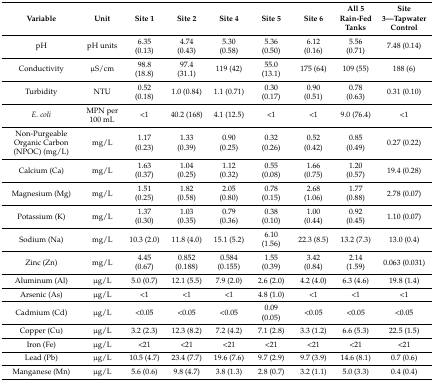
<table><thead><tr><td><b>Variable</b></td><td><b>Unit</b></td><td><b>Site 1</b></td><td><b>Site 2</b></td><td><b>Site 4</b></td><td><b>Site 5</b></td><td><b>Site 6</b></td><td><b>All 5 Rain-Fed Tanks</b></td><td><b>Site 3—Tapwater Control</b></td></tr></thead><tbody><tr><td>pH</td><td>pH units</td><td>6.35 (0.13)</td><td>4.74 (0.43)</td><td>5.30 (0.58)</td><td>5.36 (0.50)</td><td>6.12 (0.16)</td><td>5.56 (0.71)</td><td>7.48 (0.14)</td></tr><tr><td>Conductivity</td><td>μS/cm</td><td>98.8 (18.8)</td><td>97.4 (31.1)</td><td>119 (42)</td><td>55.0 (13.1)</td><td>175 (64)</td><td>109 (55)</td><td>188 (6)</td></tr><tr><td>Turbidity</td><td>NTU</td><td>0.52 (0.18)</td><td>1.0 (0.84)</td><td>1.1 (0.71)</td><td>0.30 (0.17)</td><td>0.90 (0.51)</td><td>0.78 (0.63)</td><td>0.31 (0.10)</td></tr><tr><td><i>E. coli</i></td><td>MPN per 100 mL</td><td>&lt;1</td><td>40.2 (168)</td><td>4.1 (12.5)</td><td>&lt;1</td><td>&lt;1</td><td>9.0 (76.4)</td><td>&lt;1</td></tr><tr><td>Non-Purgeable Organic Carbon (NPOC) (mg/L)</td><td>mg/L</td><td>1.17 (0.23)</td><td>1.33 (0.39)</td><td>0.90 (0.25)</td><td>0.32 (0.26)</td><td>0.52 (0.42)</td><td>0.85 (0.49)</td><td>0.27 (0.22)</td></tr><tr><td>Calcium (Ca)</td><td>mg/L</td><td>1.63 (0.37)</td><td>1.04 (0.25)</td><td>1.12 (0.32)</td><td>0.55 (0.08)</td><td>1.66 (0.75)</td><td>1.20 (0.57)</td><td>19.4 (0.28)</td></tr><tr><td>Magnesium (Mg)</td><td>mg/L</td><td>1.51 (0.25)</td><td>1.82 (0.58)</td><td>2.05 (0.80)</td><td>0.78 (0.15)</td><td>2.68 (1.06)</td><td>1.77 (0.88)</td><td>2.78 (0.07)</td></tr><tr><td>Potassium (K)</td><td>mg/L</td><td>1.37 (0.30)</td><td>1.03 (0.35)</td><td>0.79 (0.36)</td><td>0.38 (0.10)</td><td>1.00 (0.44)</td><td>0.92 (0.45)</td><td>1.10 (0.07)</td></tr><tr><td>Sodium (Na)</td><td>mg/L</td><td>10.3 (2.0)</td><td>11.8 (4.0)</td><td>15.1 (5.2)</td><td>6.10 (1.56)</td><td>22.3 (8.5)</td><td>13.2 (7.3)</td><td>13.0 (0.4)</td></tr><tr><td>Zinc (Zn)</td><td>mg/L</td><td>4.45 (0.67)</td><td>0.852 (0.188)</td><td>0.584 (0.155)</td><td>1.55 (0.39)</td><td>3.42 (0.84)</td><td>2.14 (1.59)</td><td>0.063 (0.031)</td></tr><tr><td>Aluminum (Al)</td><td>μg/L</td><td>5.0 (0.7)</td><td>12.1 (5.5)</td><td>7.9 (2.0)</td><td>2.6 (2.0)</td><td>4.2 (4.0)</td><td>6.3 (4.6)</td><td>19.8 (1.4)</td></tr><tr><td>Arsenic (As)</td><td>μg/L</td><td>&lt;1</td><td>&lt;1</td><td>&lt;1</td><td>4.8 (1.0)</td><td>&lt;1</td><td>&lt;1</td><td>&lt;1</td></tr><tr><td>Cadmium (Cd)</td><td>μg/L</td><td>&lt;0.05</td><td>&lt;0.05</td><td>&lt;0.05</td><td>0.09 (0.05)</td><td>&lt;0.05</td><td>&lt;0.05</td><td>&lt;0.05</td></tr><tr><td>Copper (Cu)</td><td>μg/L</td><td>3.2 (2.3)</td><td>12.3 (8.2)</td><td>7.2 (4.2)</td><td>7.1 (2.8)</td><td>3.3 (1.2)</td><td>6.6 (5.3)</td><td>22.5 (1.5)</td></tr><tr><td>Iron (Fe)</td><td>μg/L</td><td>&lt;21</td><td>&lt;21</td><td>&lt;21</td><td>&lt;21</td><td>&lt;21</td><td>&lt;21</td><td>&lt;21</td></tr><tr><td>Lead (Pb)</td><td>μg/L</td><td>10.5 (4.7)</td><td>23.4 (7.7)</td><td>19.6 (7.6)</td><td>9.7 (2.9)</td><td>9.7 (3.9)</td><td>14.6 (8.1)</td><td>0.7 (0.6)</td></tr><tr><td>Manganese (Mn)</td><td>μg/L</td><td>5.6 (0.6)</td><td>9.8 (4.7)</td><td>3.8 (1.3)</td><td>2.8 (0.7)</td><td>3.2 (1.1)</td><td>5.0 (3.3)</td><td>0.4 (0.4)</td></tr></tbody></table>